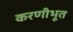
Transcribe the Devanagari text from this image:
करणीभूत